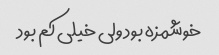
خوشمزه بود ولی خیلی کم بود